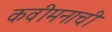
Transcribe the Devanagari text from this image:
कवीमनाची